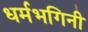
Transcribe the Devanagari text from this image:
धर्मभगिनी